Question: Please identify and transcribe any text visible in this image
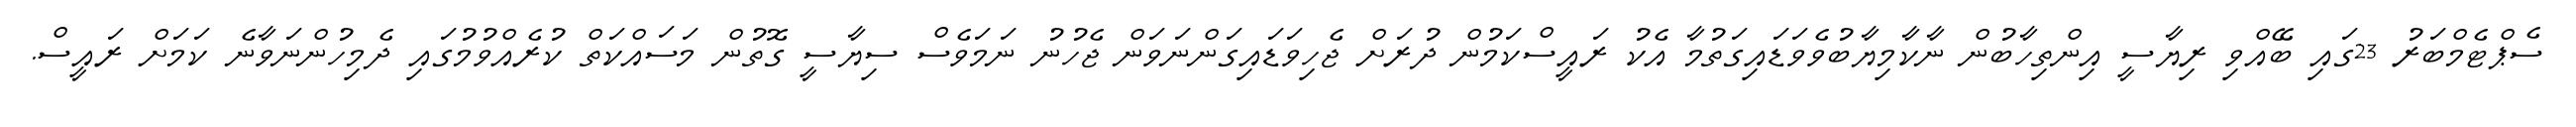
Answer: ސެޕްޓެމްބަރު 23ގައި ބޭއްވި ރިޔާސީ އިންތިހާބުން ނާކާމިޔާބުވެވަޑައިގަތުމާ އެކު ރައީސްކަމުން ދުރަށް ޖެހިވަޑައިގަންނަވަން ޖެހުނު ނަމަވެސް ސިޔާސީ ގޮތުން މަސައްކަތް ކުރެއްވުމުގައި ދެމިހުންނަވާނެ ކަމަށް ރައީސް.